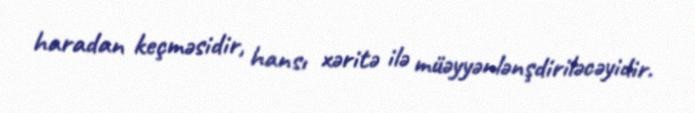
haradan keçməsidir, hansı xəritə ilə müəyyənlənşdiriləcəyidir.